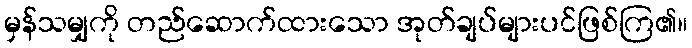
မှန်သမျှကို တည်ဆောက်ထားသော အုတ်ချပ်များပင်ဖြစ်ကြ၏။